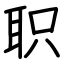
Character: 职